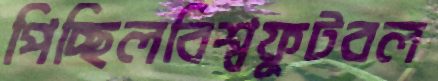
পিচ্ছিলবিশ্বফুটবল